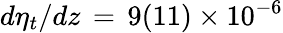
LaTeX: d\eta_{t}/dz\, =\, 9(11)\times 10^{-6}